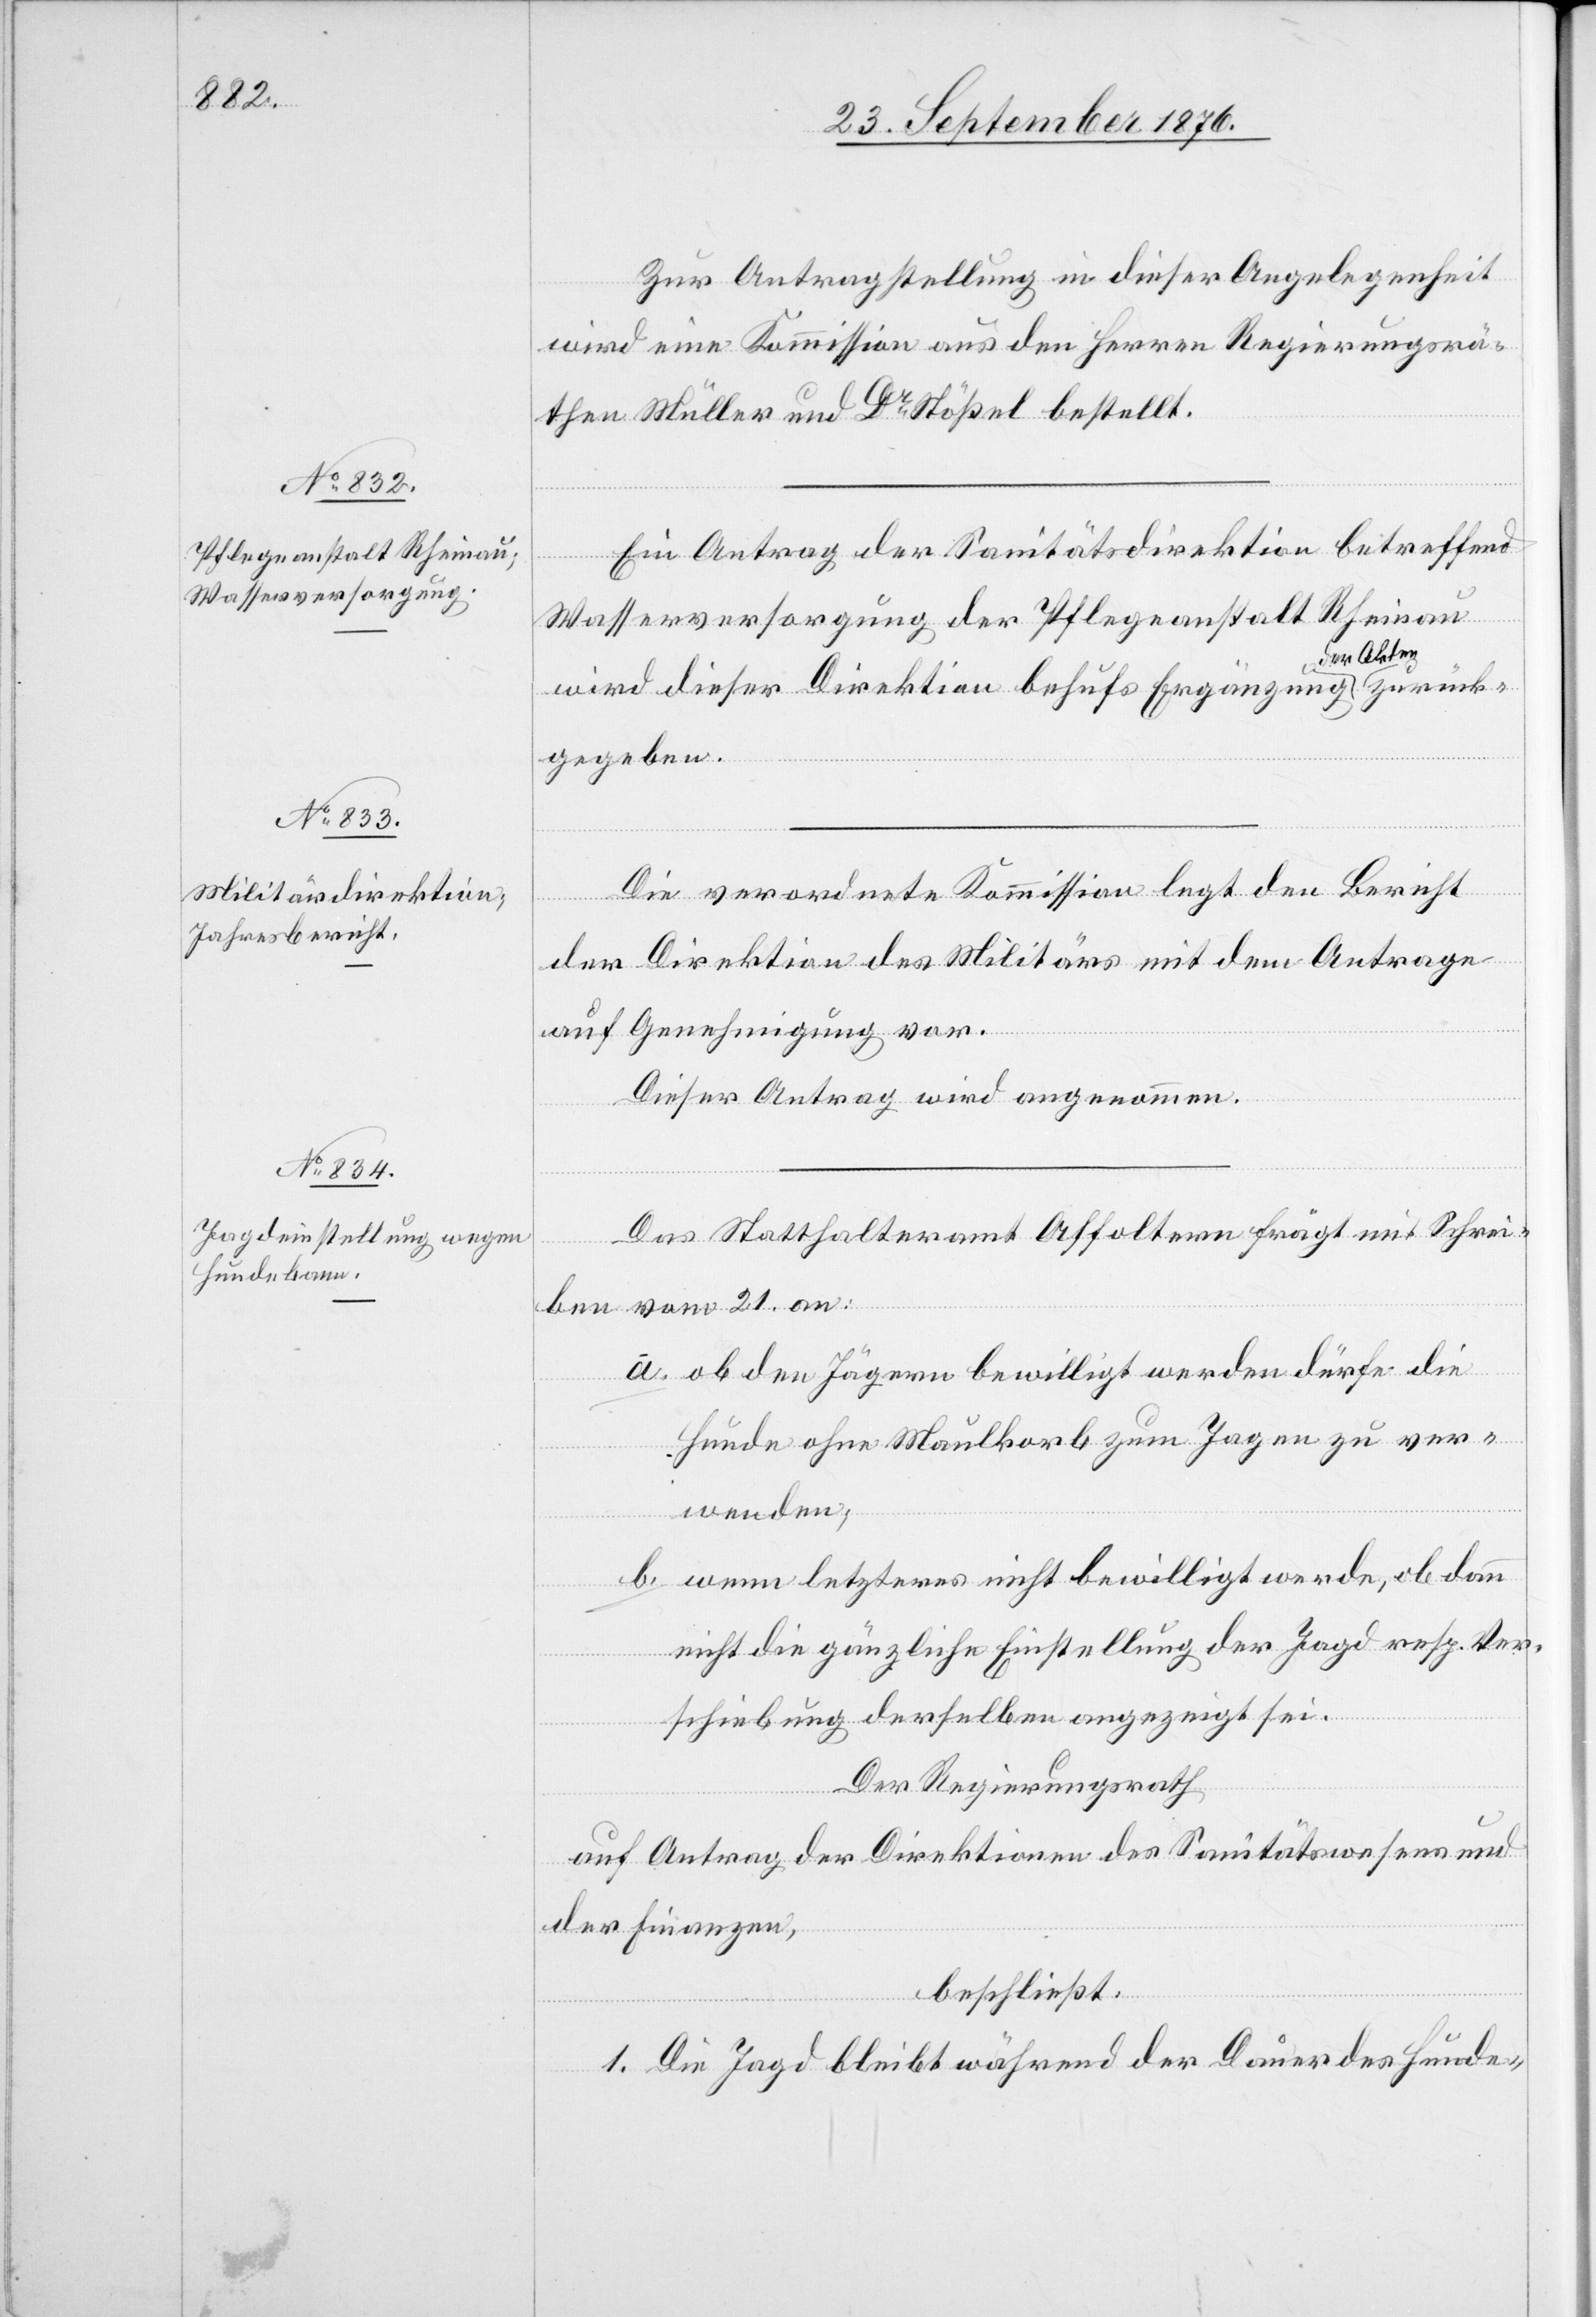
Zur Antragstellung in dieser Angelegenheit
wird eine Kommission aus den Herren Regierungsrä¬
then Müller und Dr Stößel bestellt.
Ein Antrag der Sanitätsdirektion betreffend
rück¬
Wasserversorgung der Pflegeanstalt Rheinau
wird dieser Direktion behufs Ergänzung der Ak¬
gegeben.
Die verordnete Kommission legt den Bericht
der Direktion des Militärs mit dem Antrage
auf Genehmigung vor.
Dieser Antrag wird angenommen.
Das Statthalteramt Affoltern frägt mit Schrei¬
ben vom 21. an:
a. ob den Jägern bewilligt werden dürfe die
Hunde ohne Maulkorb zum Jagen zu ver¬
wenden;
b. wenn letzteres nicht bewilligt werde, ob dann
nicht die gänzliche Einstellung der Jagd resp. Ver¬
schiebung derselben angezeigt sei.
Der Regierungsrath
auf Antrag der Direktionen des Sanitätswesens und
der Finanzen,
beschließt:
zu¬
1. Die Jagd bleibt während der Dauer des Hunde-